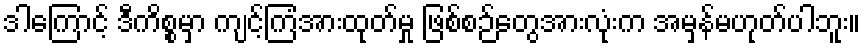
ဒါကြောင့် ဒီကိစ္စမှာ ကျင့်ကြံအားထုတ်မှု ဖြစ်စဉ်တွေအားလုံးက အမှန်မဟုတ်ပါဘူး။